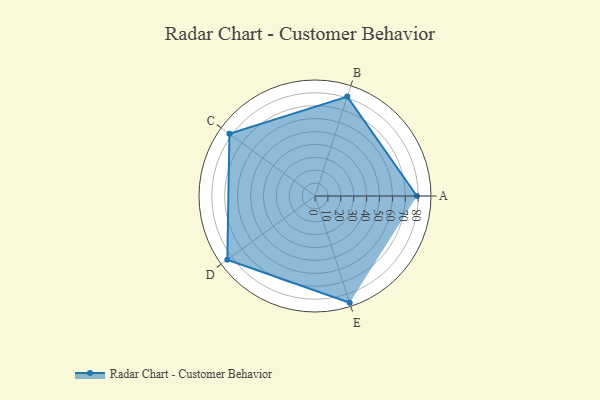
{"axis": {"x": "Skill", "y": "Score"}, "legend": ["Profile"], "data": [{"x": "A", "y": 79.0, "type": "Profile"}, {"x": "B", "y": 81.0, "type": "Profile"}, {"x": "C", "y": 82.0, "type": "Profile"}, {"x": "D", "y": 84.0, "type": "Profile"}, {"x": "E", "y": 87.0, "type": "Profile"}]}